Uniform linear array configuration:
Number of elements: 16
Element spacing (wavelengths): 0.25
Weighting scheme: hann
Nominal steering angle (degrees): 45
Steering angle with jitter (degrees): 45.635
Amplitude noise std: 0.05
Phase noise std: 0.05

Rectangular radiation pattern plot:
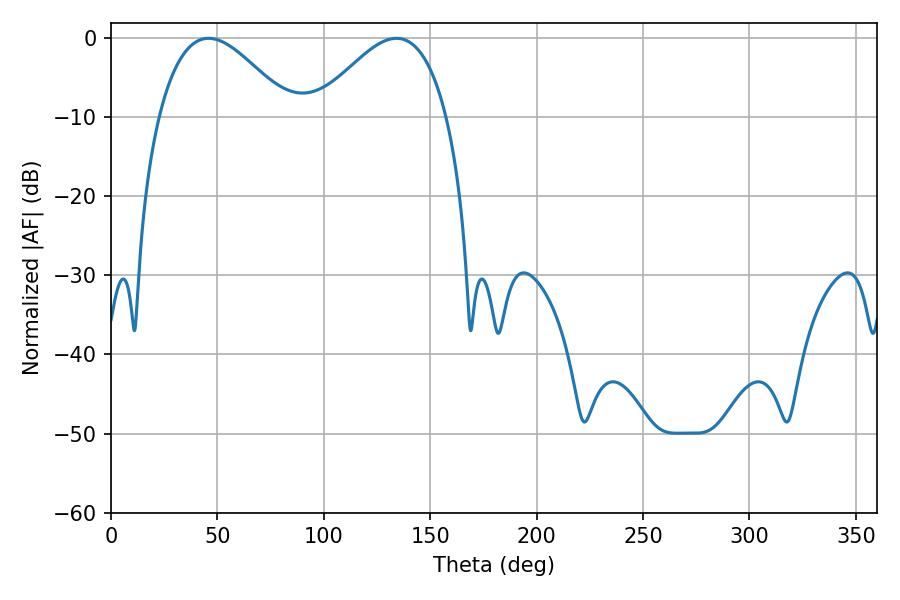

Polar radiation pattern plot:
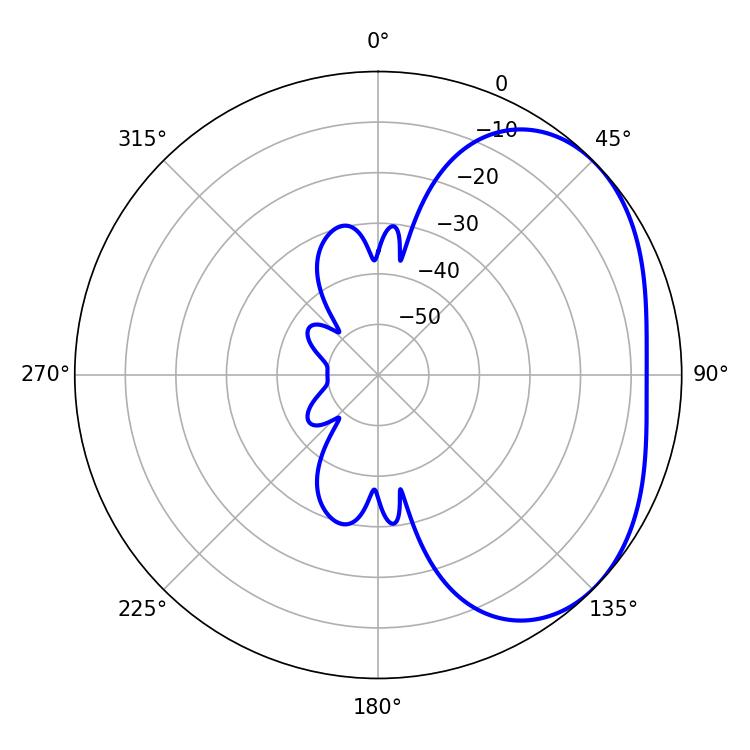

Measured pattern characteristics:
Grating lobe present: FALSE
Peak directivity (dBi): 3.096
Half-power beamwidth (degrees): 33.3
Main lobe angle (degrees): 45.9